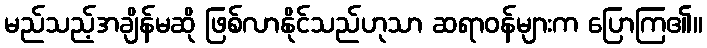
မည်သည့်အချိန်မဆို ဖြစ်လာနိုင်သည်ဟုသာ ဆရာဝန်များက ပြောကြ၏။